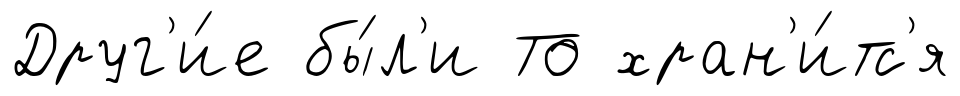
Друг'и́е бы́л'и То хран'и́тс'я